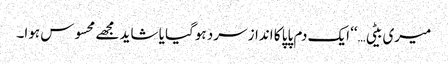
میری بیٹی…‘‘ ایک دم پاپا کا انداز سرد ہوگیا یا شاید مجھے محسوس ہوا۔